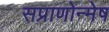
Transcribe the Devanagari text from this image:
सप्राणोन्मेष